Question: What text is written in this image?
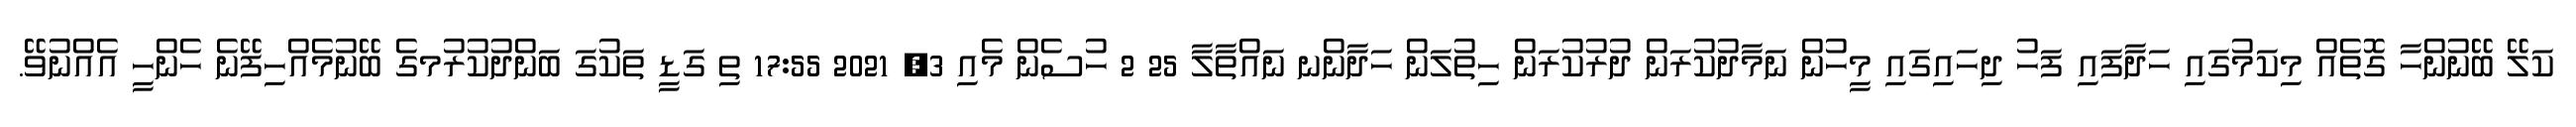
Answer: ކަލޭ ބޭނުންހާ ގޮތެއް މިކަމުގައި ހަދާފައި ފަހު ދިހައިގައި މީހުން ނަމާދުކުރަން ދުރުކުރަން ހިތުލަން ހަދާންނ ނައްތާލާ 25 2 ހުސެން މެއި 3, 2021 17:55 ތި ގަޑީ ތަކުގަ ބަންދުކުރުމގެ ބޭނުމެއްހިފޭނެ ހެންހީ އެއްނުވޭ.